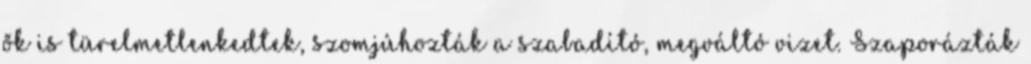
ők is türelmetlenkedtek, szomjúhozták a szabadító, megváltó vizet. Szaporázták